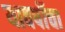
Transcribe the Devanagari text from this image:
यावर्षीचा